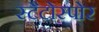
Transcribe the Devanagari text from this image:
स्टैटोस्पोर